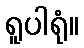
ရူပါရုံ။